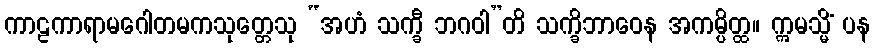
ကာဠကာရာမဂေါတမကသုတ္တေသု “အဟံ သက္ခီ ဘဂဝါ”တိ သက္ခိဘာဝေန အကမ္ပိတ္ထ။ ဣမသ္မိံ ပန